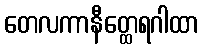
တေလကာနီတ္ထေရဂါထာ